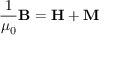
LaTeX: { \frac { 1 } { \mu _ { 0 } } } \mathbf { B } = \mathbf { H } + \mathbf { M }